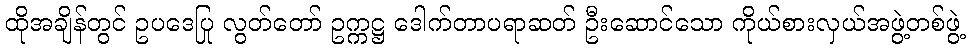
ထိုအချိန်တွင် ဥပဒေပြု လွတ်တော် ဥက္ကဋ္ဌ ဒေါက်တာပရာဆတ် ဦးဆောင်သော ကိုယ်စားလှယ်အဖွဲ့တစ်ဖွဲ့